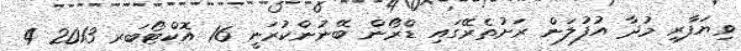
ވިޔަފާރި މުދާ އުފުލަން ރަށުތެރޭގައި ޑްރޯން ބޭނުންކުރަނީ 16 އޮކްޓޯބަރ 2013 4